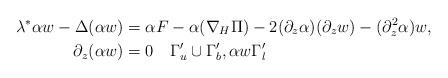
LaTeX: \begin{align*}\lambda^* \alpha w - \Delta(\alpha w) &= \alpha F - \alpha(\nabla_H \Pi) - 2(\partial_z\alpha) (\partial_z w) - (\partial_z^2\alpha) w,\\\partial_z(\alpha w) &= 0 \quad\Gamma_u'\cup\Gamma_b', \alpha w \Gamma_l'\end{align*}